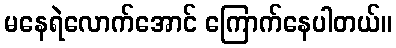
မနေရဲလောက်အောင် ကြောက်နေပါတယ်။